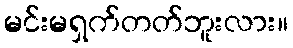
မင်းမရှက်တတ်ဘူးလား။